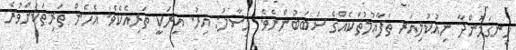
ހިނގަމުންދާ ނިއުކުލިއަރ ތަފާޢުލުތަކެއްގެ ސަބަބުންނެވެ. މިސާލު: އިރު. އިރަކީ ތަރިއެކެވެ. އެހެން ތަރިތަކަށްވުރެ